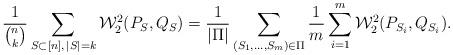
LaTeX: \begin{align*}\frac{1}{\binom{n}{k}}\sum_{S \subset [n], \, |S|=k} \mathcal{W}_2^2(P_{S},Q_{S}) = \frac{1}{|\Pi|}\sum_{(S_1,\ldots,S_m) \in \Pi}\frac{1}{m}\sum_{i=1}^m \mathcal{W}_2^2(P_{S_i},Q_{S_i}).\end{align*}